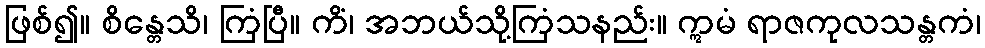
ဖြစ်၍။ စိန္တေသိ၊ ကြံပြီ။ ကိံ၊ အဘယ်သို့ကြံသနည်း။ ဣမံ ရာဇကုလသန္တကံ၊